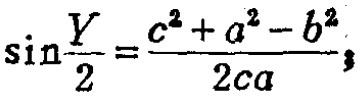
\(\sin\frac{Y}{2}=\frac{c^{2}+a^{2}-b^{2}}{2ca}\)